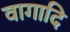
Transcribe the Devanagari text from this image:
वागादि